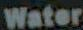
Water